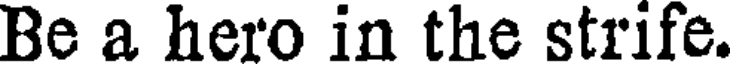
Be a hero in the strife.